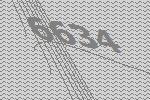
6634